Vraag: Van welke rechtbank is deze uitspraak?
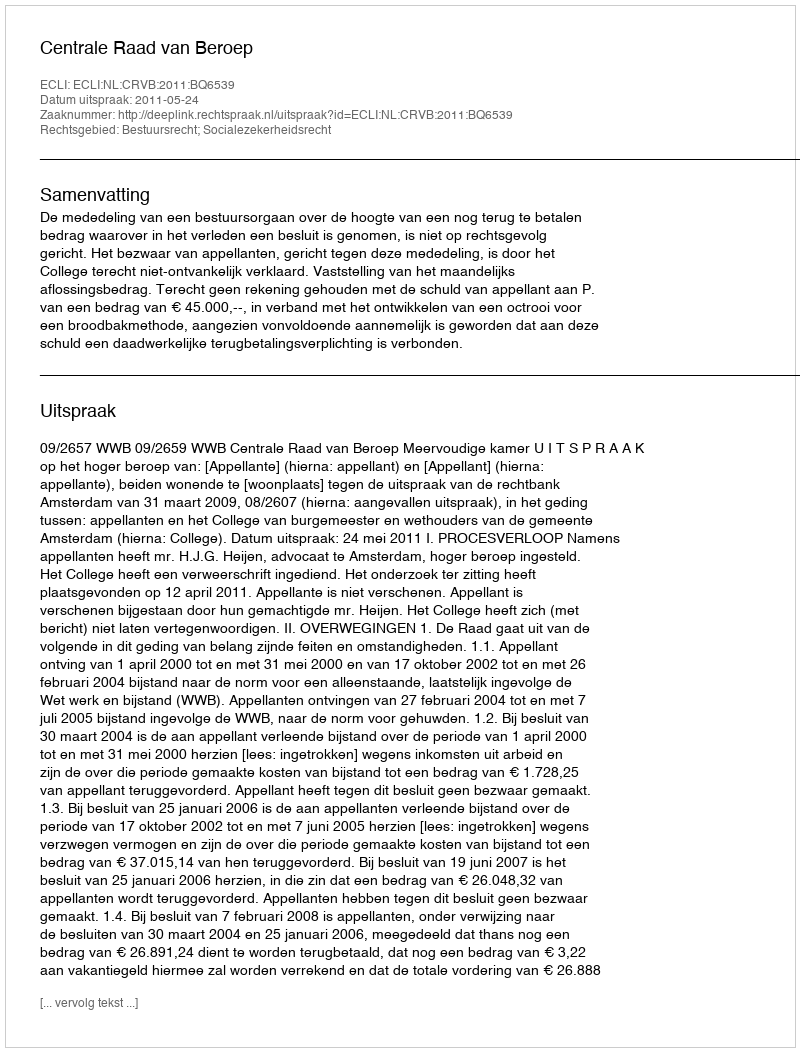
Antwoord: Centrale Raad van Beroep